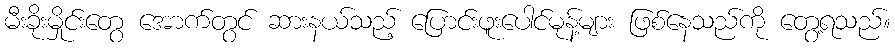
မီးခိုးမှိုင်းတွေ အောက်တွင် ဆားနယ်သည့် ပြောင်းဖူးပေါင်မုန့်များ ဖြစ်နေသည်ကို တွေ့ရသည်။